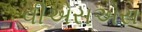
વીએસએસ